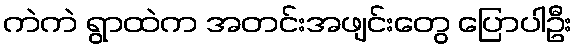
ကဲကဲ ရွာထဲက အတင်းအဖျင်းတွေ ပြောပါဦး